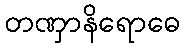
တဏှာနိရောဓေ